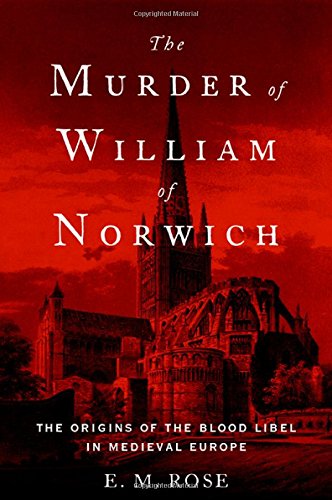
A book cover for The Murder of William of Norwich: The Origins of the Blood Libel in Medieval Europe; E.M. Rose; History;